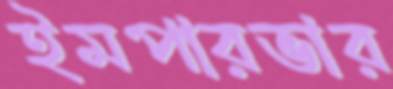
ইমপারভার